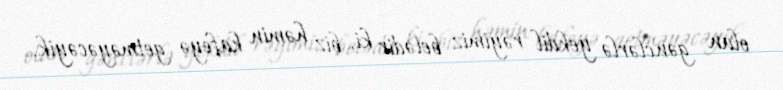
olan gənclərlə yekdil rəyimiz belədir ki, biz həmin kafeyə getməyəcəyik.